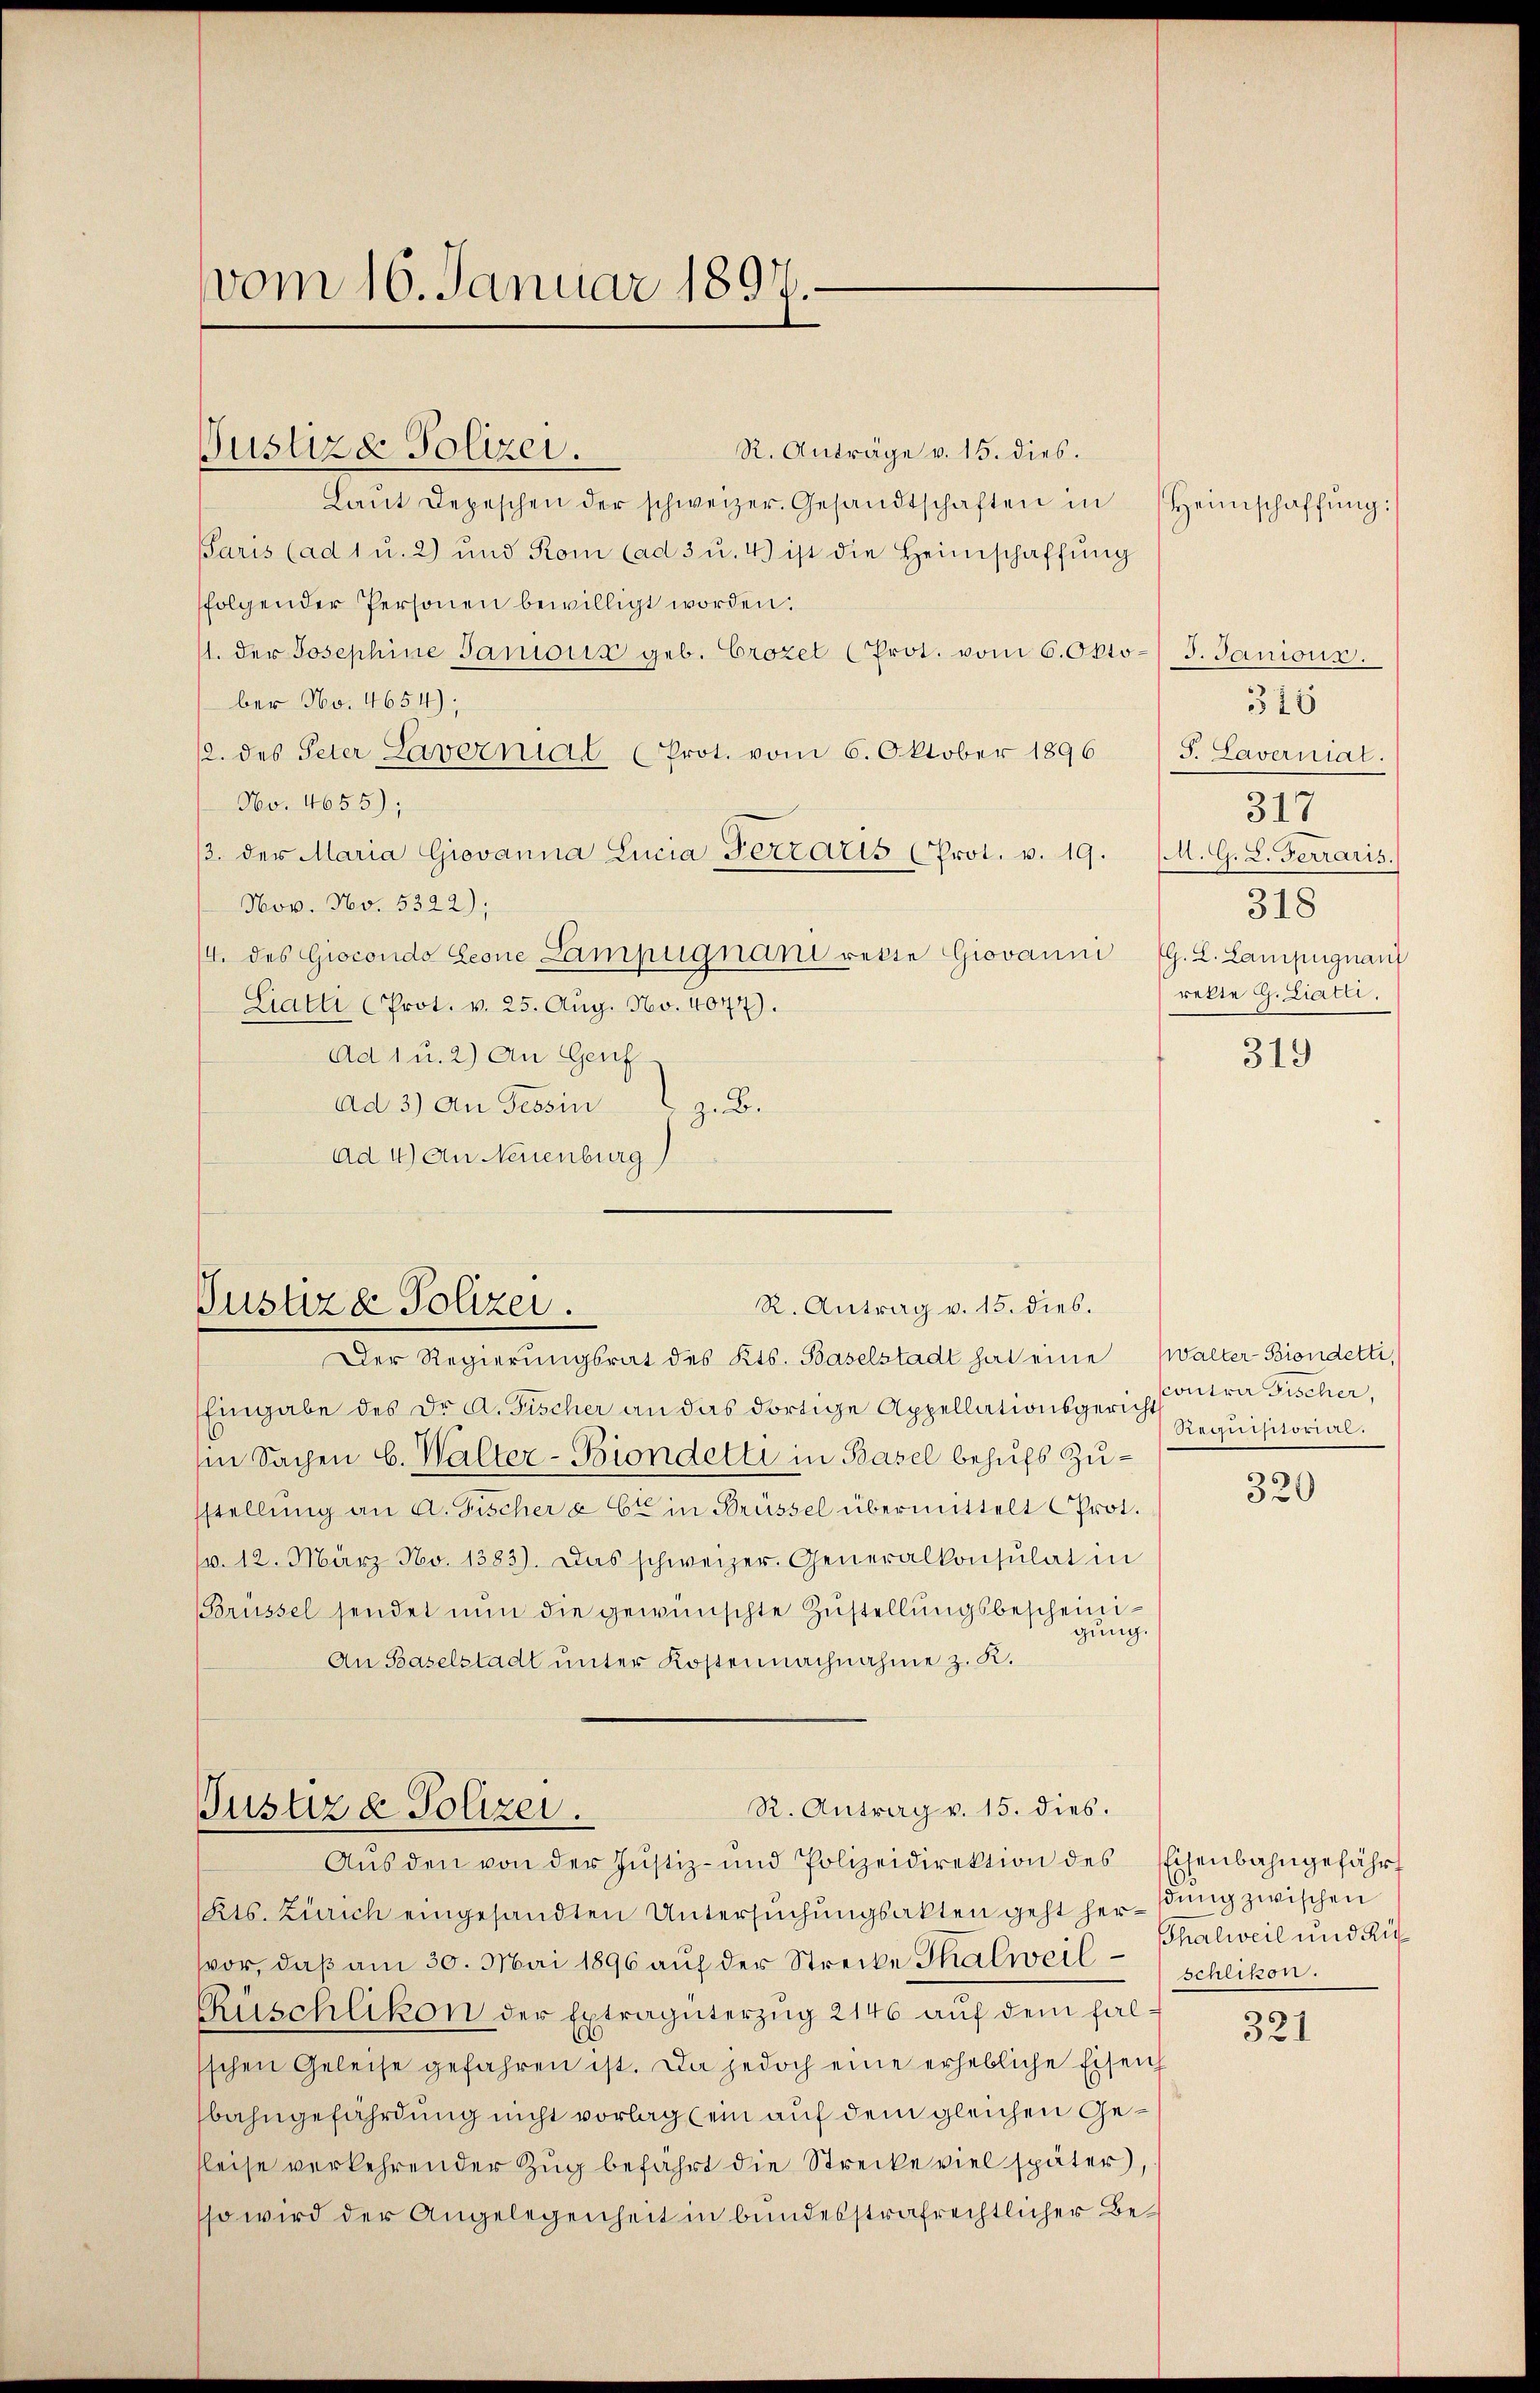
vom 16. Januar 1897.

R. Anträge v. 15. dies
Justizde Polizei.
Laŭt Depeschen der schweizer. Gesandtschaften in
Paris (ad 1 u. 2) und Rom (ad 3 u. 4) ist die Heimschaffŭng
folgender Personen bewilligt worden.
11. der Josephine Janion geb. Crozel (Prot. vom 6. Okto- 3. Janioux.
ber No. 4654);
12. des Peter Lavernial (Prot. vom 6. Oktober 1896 J. Laverniat.
No. 4655);
/3. der Maria Giovanna Linia Ferraris (Prot. v. 19. (A. G. L. Ferraris.
Nov. No. 5322);
/4. des Giocondo Geone Lampugnani rette Giovanni (G. L. Lampugnant
Liatti (Prot. v. 25. Aug. No. 4077).
Ad 1 u. 2) An Genf
Ad 3) An Tessin
z.B.
Ad 4) An Neuenburg

R. Antrag v. 15. dies.
Pustiza Polizei.
Der Regierungsrat des Kts. Baselstadt hat eine Walter-Biondetti,

Eingabe des Dr. A. Fischer an das dortige Appellationsgericht antra Fischer,
Ein Sachen C. Walter-Biondelti in Basel behufs Zusstellung an A. Fischer & Cie in Brüssel übermittelt (Prot.
v. 12. März No. 1383). Das schweizer. Generalkonsulat in
Brüssel sendet nŭn die gewünschte Zustellungsbescheinigung.
An Baselstadt unter Kostennachnahme z. R.

R. Antrag v. 15. dies.
Justiz & Polizei.

Aŭs den von der Justiz- und Polizeidirektion des Eisenbahngefährt
Kts. Zürich eingesandten Untersŭchŭngsakten geht her-dŭng zwischen
vor, daß am 30. Mai 1896 auf der Strecke Thalweil Thalweil und Ru¬
Küschlikon der Extragüterzug 2146 auf dem falsschen Geleise gefahren ist. Da jedoch eine erhebliche Eisenh
bahngefährdung nicht vorlag (ein auf dem gleichen Ge¬
Reise verkehrender Zug befährt die Strecke viel später,
sso wird der Angelegenheit in bundesstrafrechtlicher Be¬

Heimschaffung

315
317
318
rekte G. Ziatli.

319

Reguchiorint.

320

321

schlikon.